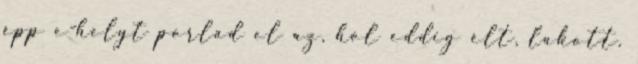
épp e-helyt porlad el az, hol eddig élt, lakott.